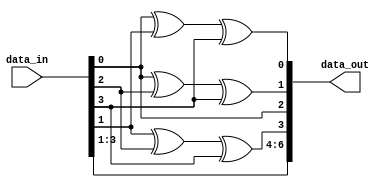
module encoder(data_in,data_out);
input [3:0] data_in;
output [6:0] data_out;

wire p1;
wire p2;
wire p3;

assign p1 = (data_in[0] ^ data_in[1] ^ data_in[3]);
assign p2 = (data_in[0] ^ data_in[2] ^ data_in[3]);
assign p3 = (data_in[1] ^ data_in[2] ^ data_in[3]);
assign data_out = {data_in[3],data_in[2],data_in[1],p3,data_in[0],p2,p1};

endmodule